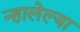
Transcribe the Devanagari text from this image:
न्हालेल्या